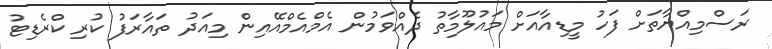
ރަސްމިއްޔާތަށް ފަހު މީޑިއާއަށް މައުލޫމާތު ދެއްވަމުން އެމްއެމްއޭއިން މިއަދު ތައާރަފު ކުރި ކްރެޑިޓު